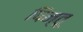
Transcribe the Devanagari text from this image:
पिन्तू